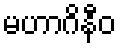
မဟာဂိနီဝ